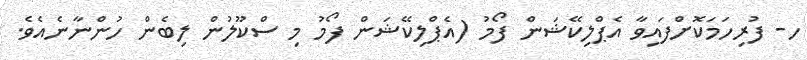
ހ- ފުރިހަމަކޮށްފައިވާ އެޕްލިކޭޝަން ފޯމު (އެޕްލިކޭޝަން ފޯމު މި ސްކޫލުން ލިބެން ހުންނާނެއެވެ.